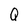
Character: Q